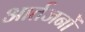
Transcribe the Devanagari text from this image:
आर्तजनों